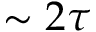
\sim 2 \tau